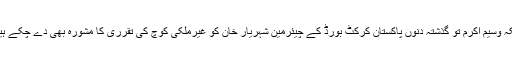
بلکہ وسیم اکرم تو گذشتہ دنوں پاکستان کرکٹ بورڈ کے چیئرمین شہریار خان کو غیرملکی کوچ کی تقرری کا مشورہ بھی دے چکے ہیں۔